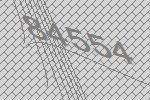
84554